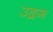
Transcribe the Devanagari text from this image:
उद्रग